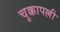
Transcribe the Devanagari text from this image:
चुक्कापल्ली